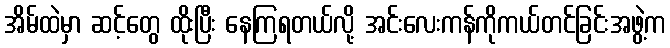
အိမ်ထဲမှာ ဆင့်တွေ ထိုးပြီး နေကြရတယ်လို့ အင်းလေးကန်ကိုကယ်တင်ခြင်းအဖွဲ့က